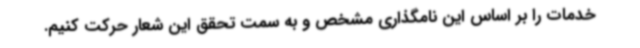
خدمات را بر اساس این نامگذاری مشخص و به سمت تحقق این شعار حرکت کنیم.